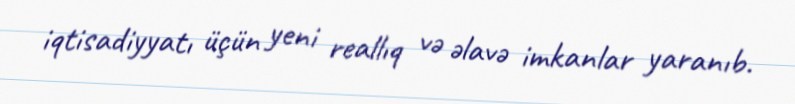
iqtisadiyyatı üçün yeni reallıq və əlavə imkanlar yaranıb.